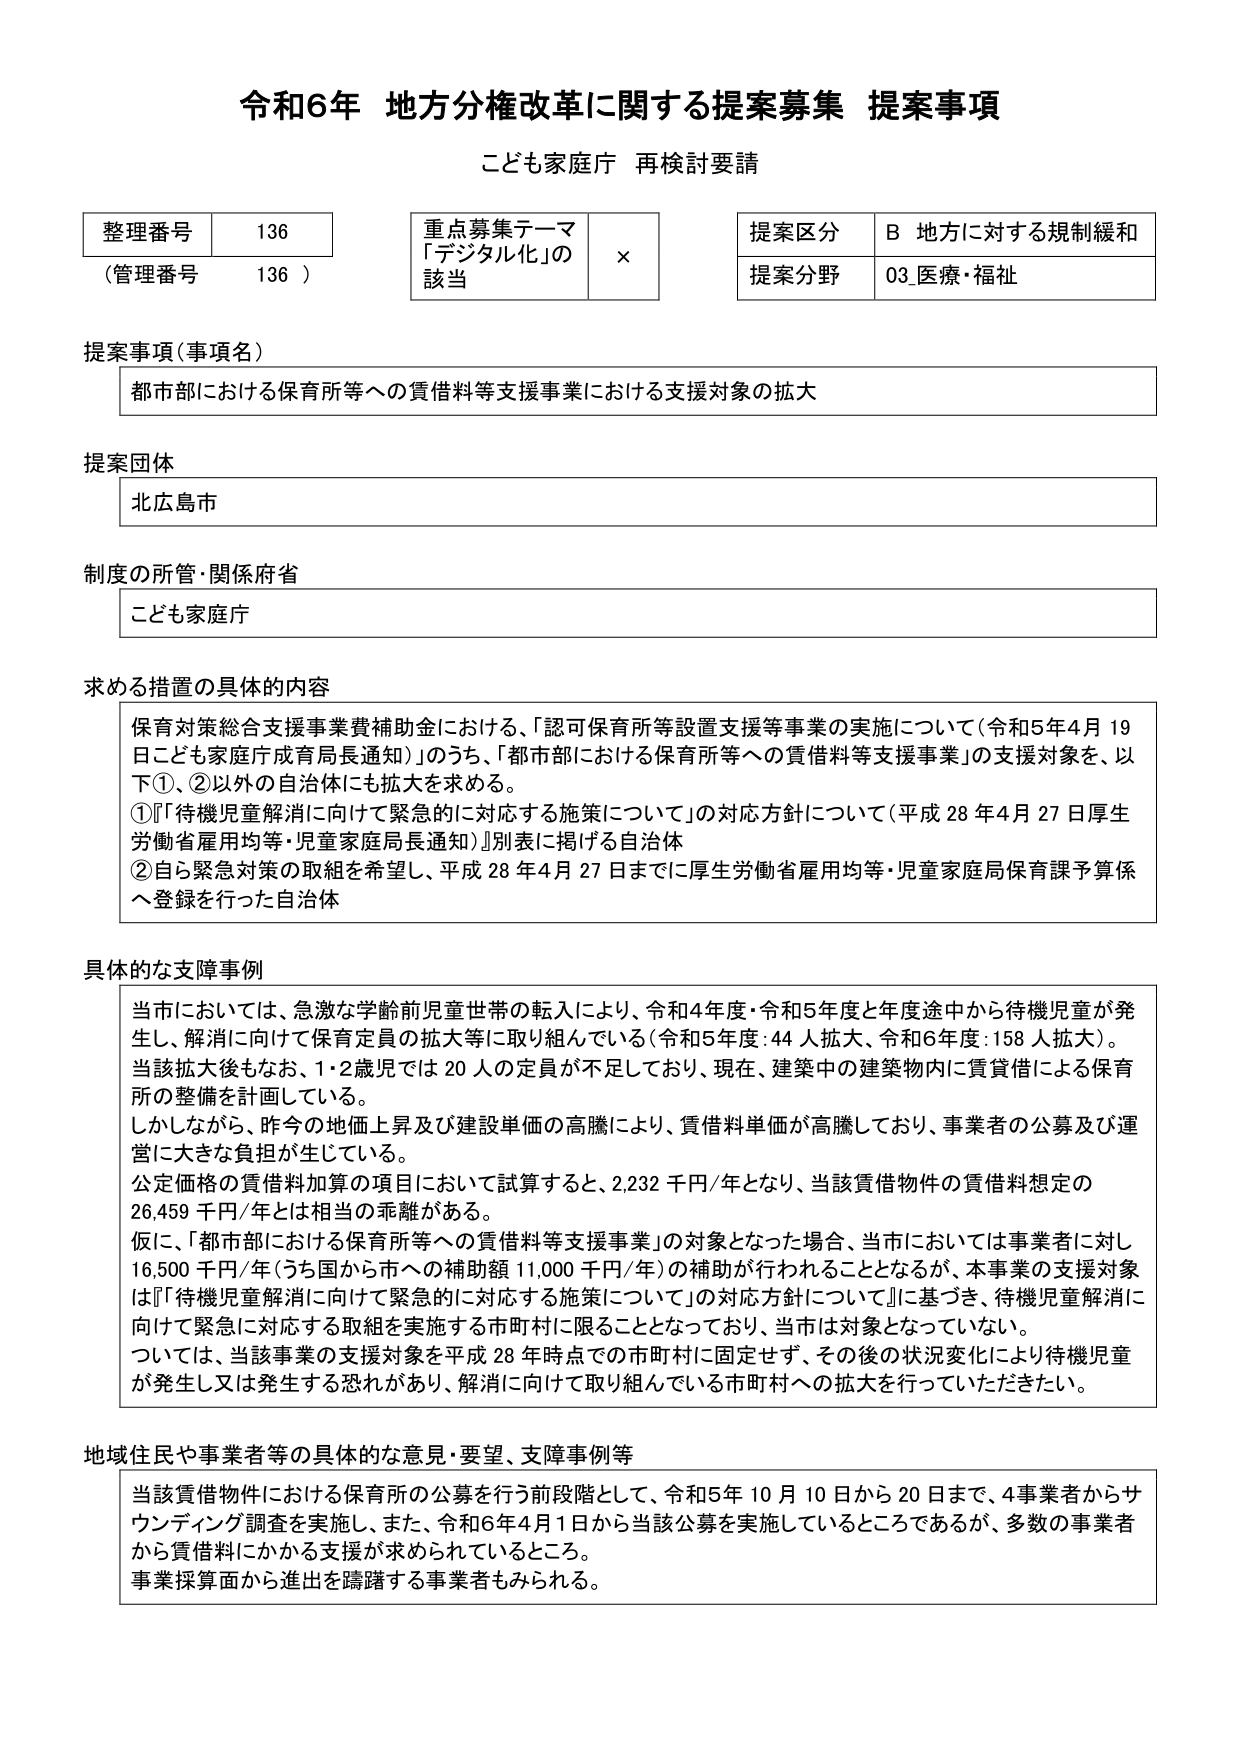
令和6年 地方分権改革に関する提案募集 提案事項
こども家庭庁 再検討要請

整理番号 136
（管理番号 136）

重点募集テーマ
「デジタル化」の
該当 ×

提案区分 B 地方に対する規制緩和
提案分野 03 医療・福祉

提案事項（事項名）
都市部における保育所等への賃借料等支援事業における支援対象の拡大

提案団体
北広島市

制度の所管・関係府省
こども家庭庁

求める措置の具体的内容
保育対策総合支援事業費補助金における、「認可保育所等設置支援等事業の実施について（令和5年4月19日こども家庭庁成育局長通知）」のうち、「都市部における保育所等への賃借料等支援事業」の支援対象を、以下①、②以外の自治体にも拡大を求める。
①「『待機児童解消に向けて緊急的に対応する施策について』の対応方針について（平成28年4月27日厚生労働省雇用均等・児童家庭局長通知）」別表に掲げる自治体
②自ら緊急対策の取組を希望し、平成28年4月27日までに厚生労働省雇用均等・児童家庭局保育課予算係へ登録を行った自治体

具体的な支障事例
当市においては、急激な学齢前児童世帯の転入により、令和4年度・令和5年度と年度途中から待機児童が発生し、解消に向けて保育定員の拡大等に取り組んでいる（令和5年度：44人拡大、令和6年度：158人拡大）。
当該拡大後もなお、1・2歳児では20人の定員が不足しており、現在、建築中の建築物内に賃貸借による保育所の整備を計画している。
しかしながら、昨今の地価上昇及び建設単価の高騰により、賃借料単価が高騰しており、事業者の公募及び運営に大きな負担が生じている。
公定価格の賃借料加算の項目において試算すると、2,232千円/年となり、当該賃借物件の賃借料想定の26,459千円/年とは相当の乖離がある。
仮に、「都市部における保育所等への賃借料等支援事業」の対象となった場合、当市においては事業者に対し16,500千円/年（うち国から市への補助額11,000千円/年）の補助が行われることとなるが、本事業の支援対象は「『待機児童解消に向けて緊急的に対応する施策について』の対応方針について」に基づき、待機児童解消に向けて緊急に対応する取組を実施する市町村に限ることとなっており、当市は対象となっていない。
ついては、当該事業の支援対象を平成28年時点で市町村に固定せず、その後の状況変化により待機児童が発生し又は発生する恐れがあり、解消に向けて取り組んでいる市町村への拡大を行っていただきたい。

地域住民や事業者等の具体的な意見・要望、支障事例等
当該賃借物件における保育所の公募を行う前段階として、令和5年10月10日から20日まで、4事業者からサウンディング調査を実施し、また、令和6年4月1日から当該公募を実施しているところであるが、多数の事業者から賃借料にかかる支援が求められているところ。
事業採算面から進出を躊躇する事業者もみられる。